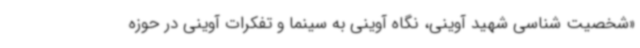
«شخصیت شناسی شهید آوینی، نگاه آوینی به سینما و تفکرات آوینی در حوزه